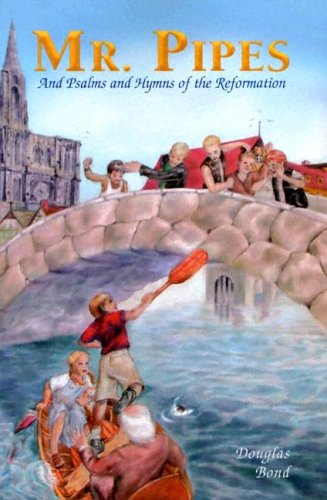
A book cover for Mr. Pipes and Psalms and Hymns of the Reformation; Douglas Bond; Teen & Young Adult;